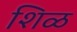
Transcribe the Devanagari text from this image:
शिळ